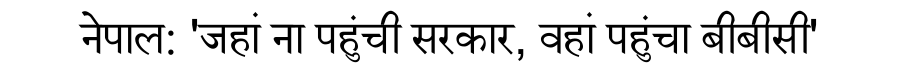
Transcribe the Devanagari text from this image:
नेपाल: 'जहां ना पहुंची सरकार, वहां पहुंचा बीबीसी'